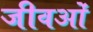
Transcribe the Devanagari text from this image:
जीवओं